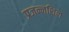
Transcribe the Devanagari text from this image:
प्रजन्नशिल